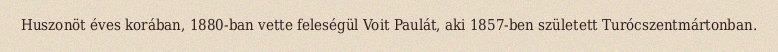
Huszonöt éves korában, 1880-ban vette feleségül Voit Paulát, aki 1857-ben született Turócszentmártonban.